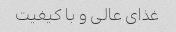
غذای عالی و با کیفیت